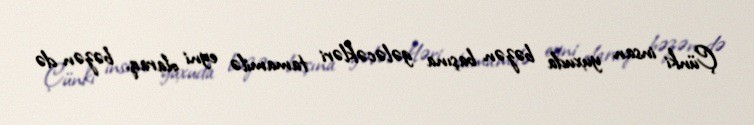
Çünki insan yuxuda bəzən başına gələcəkləri tamamilə eyni olaraq, bəzən də